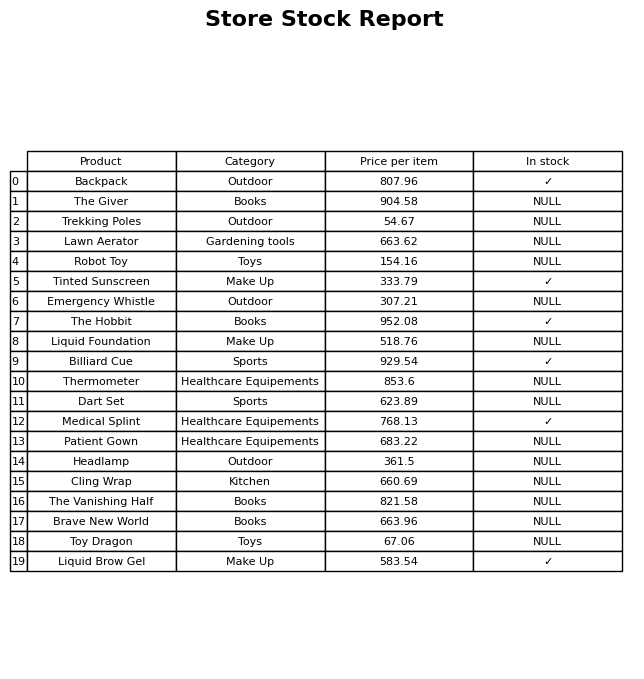
question: What is the price for Thermometer?
answer: The price of Thermometer is 853.6.